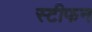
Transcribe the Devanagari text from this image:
स्‍टीफन